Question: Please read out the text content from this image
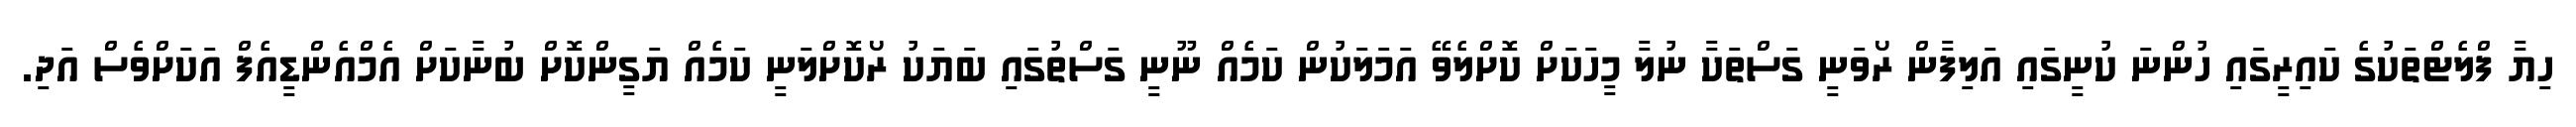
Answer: ހިޔާ ފްލެޓްތަކުގެ ކައިރީގައި ހުންނަ ކުނީގައި އަލިފާން ރޯވަނީ ގަސްތަކާ ނުލާ މީހަކަށް ކޮށްލެވޭ އަމަލަކުން ކަމެއް ނޫނީ ގަސްތުގައި ބަޔަކު ރޯކޮށްލަނީ ކަމެއް ޔަގީންކޮށް ބުނާކަށް އެމްއެންޑީއެފް އަކަށްވެސް އަދި.